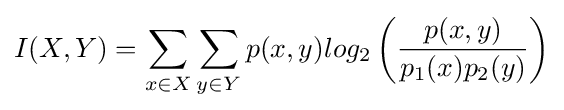
I(X,Y)=\sum _{x\in X}{\sum _{y\in Y}{p(x,y)log_{2}\left({\frac {p(x,y)}{p_{1}(x)p_{2}(y)}}\right)}}